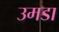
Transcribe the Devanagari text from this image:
उमडा